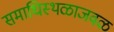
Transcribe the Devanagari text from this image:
समाधिस्थळाजवळ